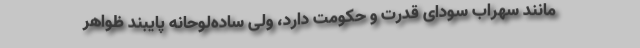
مانند سهراب سودای قدرت و حکومت دارد، ولی ساده‌لوحانه پایبند ظواهر